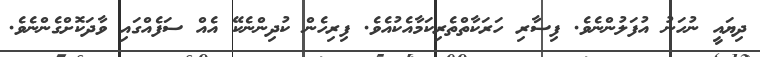
ދިޔައީ ނުހަނު އުފަލުންނެވެ. ފިސާރި ހަރަކާތްތެރިކަމާއެކުއެވެ. ފިރިހެން ކުދިންނެކޭ އެއް ސަފެއްގައި ވާދަކޮށްގެންނެވެ.